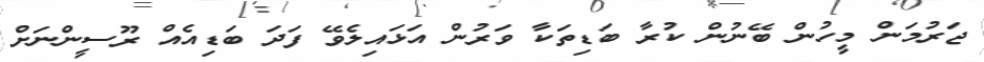
ޖަރުމަން މީހުން ބޭނުން ކުރާ ބަޑިތަކާ ވަރުން އަޅައިލެވޭ ފަދަ ބަޑިއެއް ރޫސީންނަށް